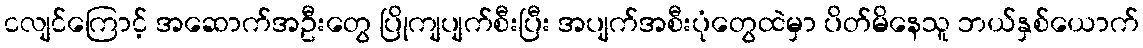
ငလျင်ကြောင့် အဆောက်အဦးတွေ ပြိုကျပျက်စီးပြီး အပျက်အစီးပုံတွေထဲမှာ ပိတ်မိနေသူ ဘယ်နှစ်ယောက်